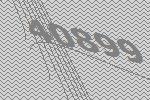
40899